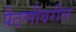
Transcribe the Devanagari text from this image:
पैठणीवरील